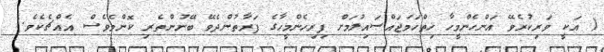
( އަކީ ވަރިކުރެވޭ އަންހެންމީހާ ހިތްހަމަޖައްސައިލުމަށް ފިރިހެންމީހާގެ ފަރާތުންދެވޭ ބޭނުންތެރި ކޮންމެވެސް އެއްޗެކެވެ.)